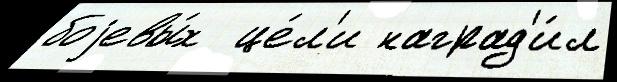
боjевы́х  це́л'и наград'и́л